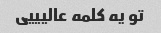
تو یه کلمه عالیییی